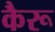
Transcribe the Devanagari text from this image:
कैरू